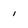
Character: i